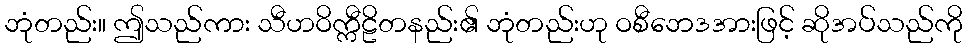
ဘုံတည်း။ ဤသည်ကား သီဟဝိက္ကီဠိတနည်း၏ ဘုံတည်းဟု ဝစီဘေဒအားဖြင့် ဆိုအပ်သည်ကို